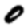
Digit: 0